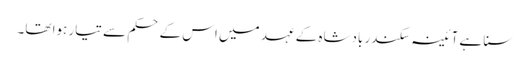
سنا ہے آئینہ سکندر بادشاہ کے عہد میں اس کے حکم سے تیار ہوا تھا۔